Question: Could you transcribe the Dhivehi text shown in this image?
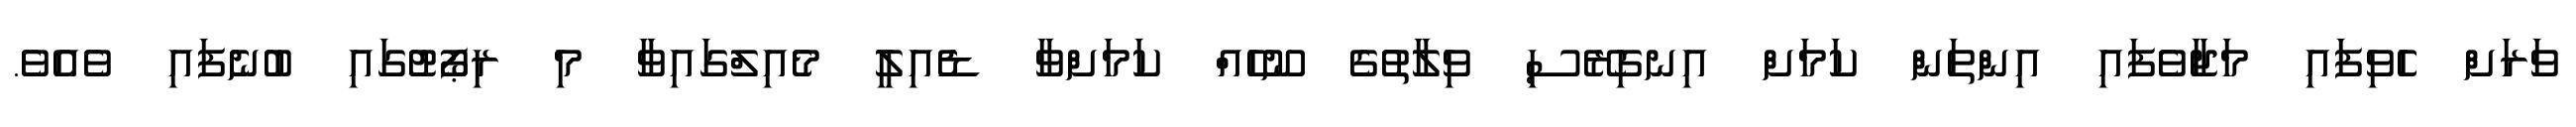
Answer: ވަރަށް ހެވިފައި މަޖާވެފައި އިންތަން ކަމަށް އިނގިރޭސި ވިލާތުގެ ނޫހެއް ކަމަށްވާ ޑެއިލީ މެއިލްގައިވާ މި ރިޕޯޓުގައި ބުނެފައި ވެއެވެ.